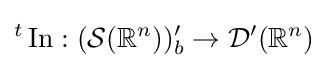
{}^{t}\operatorname {In} :({\mathcal {S}}(\mathbb {R} ^{n}))'_{b}\to {\mathcal {D}}'(\mathbb {R} ^{n})